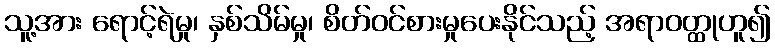
သူ့အား ရောင့်ရဲမှု၊ နှစ်သိမ်မှု၊ စိတ်ဝင်စားမှုပေးနိုင်သည့် အရာဝတ္ထုဟူ၍